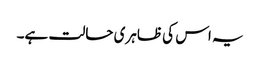
یہ اس کی ظاہری حالت ہے۔